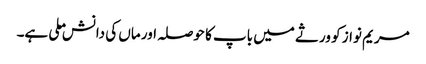
مریم نواز کو ورثے میں باپ کا حوصلہ اور ماں کی دانش ملی ہے۔